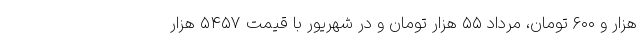
هزار و ۶۰۰ تومان، مرداد ۵۵ هزار تومان و در شهریور با قیمت ۵۴۵۷ هزار